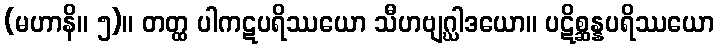
(မဟာနိ။ ၅)။ တတ္ထ ပါကဋပရိဿယော သီဟဗျဂ္ဃါဒယော။ ပဋိစ္ဆန္နပရိဿယော